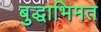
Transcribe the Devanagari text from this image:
बुद्धाभिमत